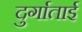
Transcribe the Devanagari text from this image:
दुर्गाताई